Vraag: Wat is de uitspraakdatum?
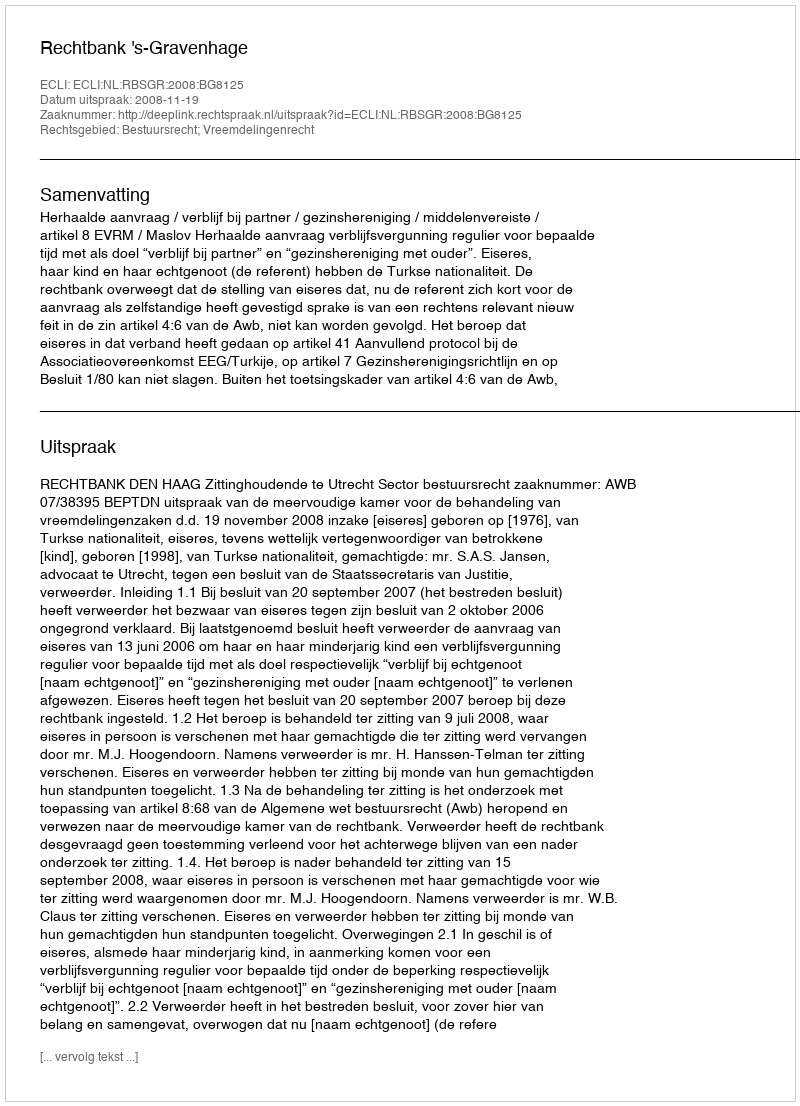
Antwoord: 2008-11-19